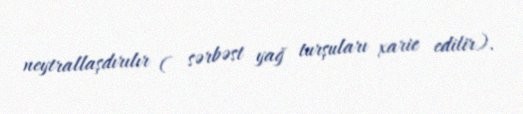
neytrallaşdırılır ( sərbəst yağ turşuları xaric edilir).